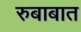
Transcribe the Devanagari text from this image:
रुबाबात